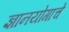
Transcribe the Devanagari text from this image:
ज्ञानयोगाचे